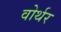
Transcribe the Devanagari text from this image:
वोर्थर